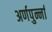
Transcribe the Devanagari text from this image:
अर्णपुर्न्ना